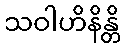
သဝါဟိနိန္တိ